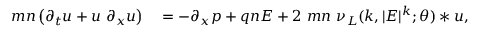
\begin{array} { r l } { m n \left( \partial _ { t } u + u ~ \partial _ { x } u \right) } & { { } = - \partial _ { x } p + q n E + 2 ~ m n ~ \nu _ { L } ( k , | E | ^ { k } ; \theta ) * u , } \end{array}